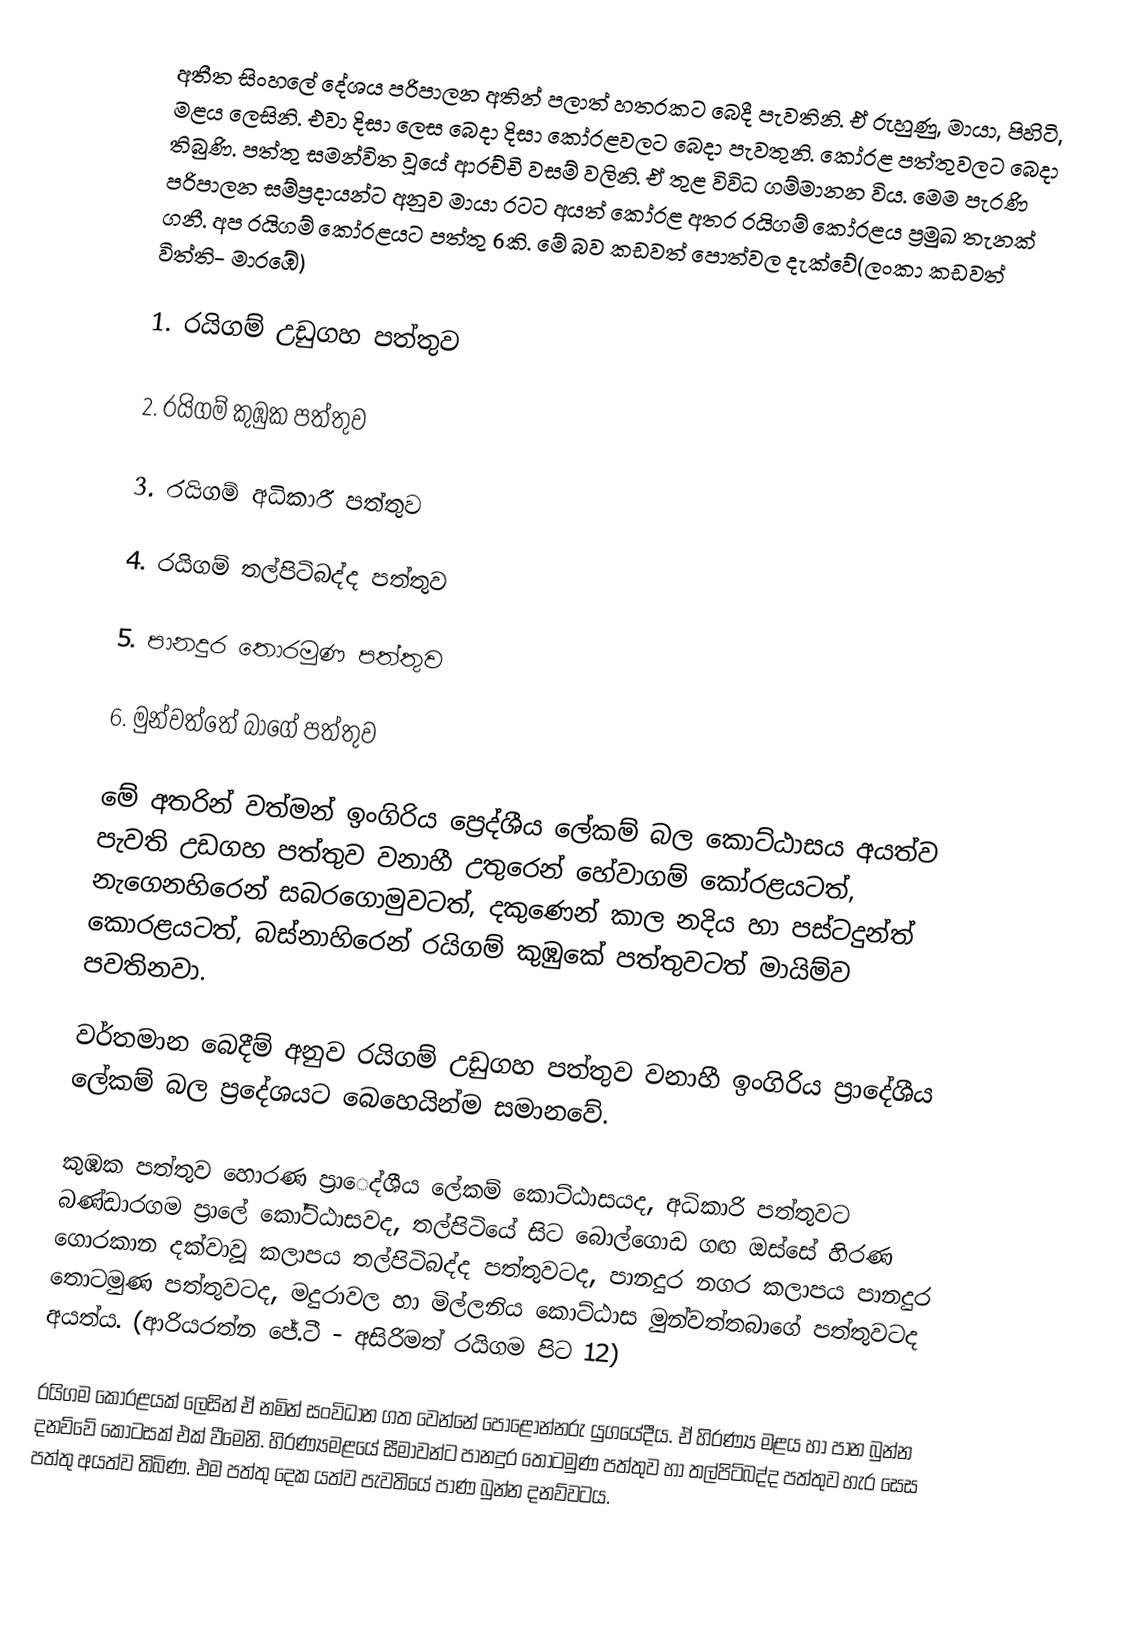
අතීත සිංහලේ දේශය පරිපාලන අතින් පලාත් හතරකට බෙදී පැවතිනි. ඒ රුහුණු, මායා, පිහිටි, මළය ලෙසිනි. එවා දිසා ලෙස බෙදා දිසා කෝරළවලට බෙදා පැවතුනි. කෝරළ පත්තුවලට බෙදා තිබුණි. පත්තු සමන්විත වූයේ ආරච්චි වසම් වලිනි. ඒ තුළ විවිධ ගම්මානන විය. මෙම පැරණි පරිපාලන සම්ප්‍රදායන්ට අනුව මායා රටට අයත් කෝරළ අතර රයිගම් කෝරළය ප්‍රමුඛ තැනක් ගනී. අප රයිගම් කෝරළයට පත්තු 6කි. මේ බව කඩවත් පොත්වල දැක්වේ(ලංකා කඩවත් විත්ති- මාරඹේ)

1. රයිගම් උඩුගහ පත්තුව

2. රයිගම් කුඹුක පත්තුව

3. රයිගම් අධිකාරී පත්තුව

4. රයිගම් තල්පිටිබද්ද පත්තුව

5. පානදුර තොරමුණ පත්තුව

6. මුන්වත්තේ බාගේ පත්තුව

මේ අතරින් වත්මන් ඉංගිරිය ප්‍රෙද්ශීය ලේකම් බල කොට්ඨාසය අයත්ව පැවති උඩගහ පත්තුව වනාහී උතුරෙන් හේවාගම් කෝරළයටත්, නැගෙනහිරෙන් සබරගොමුවටත්, දකුණෙන් කාල නදිය හා පස්ටදුන්ත් කොරළයටත්, බස්නාහිරෙන් රයිගම් කුඹුකේ පත්තුවටත් මායිම්ව පවතිනවා.

වර්තමාන බෙදීම් අනුව රයිගම් උඩුගහ පත්තුව වනාහී ඉංගිරිය ප්‍රාදේශීය ලේකම් බල ප්‍රදේශයට බෙහෙයින්ම සමානවේ.

කුඹක පත්තුව හොරණ ප්‍රාෙද්ශීය ලේකම් කොට්ඨාසයද, අධිකාරි පත්තුවට බණ්ඩාරගම ප්‍රාලේ කෝට්ඨාසවද, තල්පිටියේ සිට බොල්ගොඩ ගඟ ඔස්සේ හිරණ ගොරකාන දක්වාවූ කලාපය තල්පිටිබද්ද පත්තුවටද, පානදුර නගර කලාපය පානදුර තොටමුණ පත්තුවටද, මදුරාවල හා මිල්ලනිය කොට්ඨාස මුන්වත්තබාගේ පත්තුවටද අයත්ය. (ආරියරත්න ජේ.ටී - අසිරිමත් රයිගම පිට 12)

රයිගම කොරළයක් ලෙසින් ඒ නමින් සංවිධාන ගත වෙන්නේ පොළොන්නරු යුගයේදීය. ඒ හිරණ්‍ය මළය හා පාන බුන්න දනව්වේ කොටසක් එක් වීමෙනි. හිරණ්‍යමළයේ සීමාවන්ට පානදුර තොටමුණ පත්තුව හා තල්පිටිබද්ද පත්තුව හැර සෙස පත්තු අයත්ව තිබිණ. එම පත්තු දෙක යත්ව පැවතියේ පාණ බුන්න දනව්වටය.